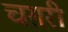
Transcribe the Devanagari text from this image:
चग़री